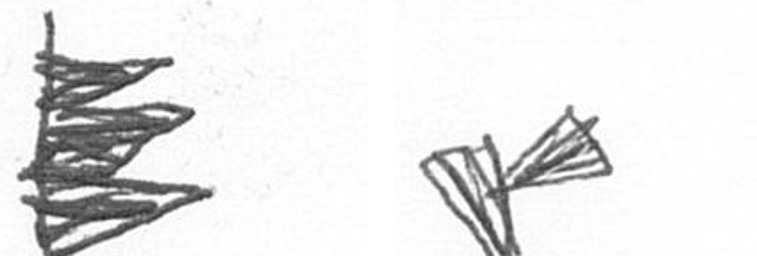
H F